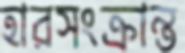
হারসংক্রান্ত